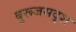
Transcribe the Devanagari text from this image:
बुरूजसदृश